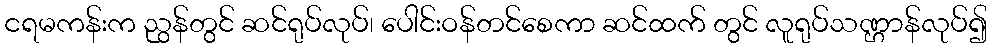
ငရမကန်းက ညွန်တွင် ဆင်ရုပ်လုပ်၊ ပေါင်းဝန်တင်စေကာ ဆင်ထက် တွင် လူရုပ်သဏ္ဌာန်လုပ်၍